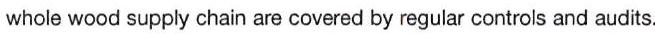
whole wood supply chain are covered by regular controls and audits.